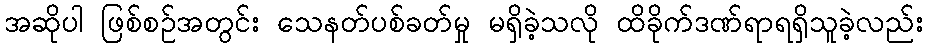
အဆိုပါ ဖြစ်စဉ်အတွင်း သေနတ်ပစ်ခတ်မှု မရှိခဲ့သလို ထိခိုက်ဒဏ်ရာရရှိသူခဲ့လည်း